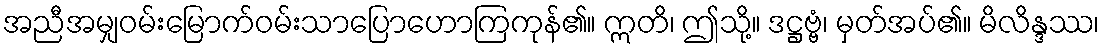
အညီအမျှဝမ်းမြောက်ဝမ်းသာပြောဟောကြကုန်၏။ ဣတိ၊ ဤသို့။ ဒဋ္ဌဗ္ဗံ၊ မှတ်အပ်၏။ မိလိန္ဒဿ၊